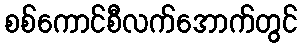
စစ်ကောင်စီလက်အောက်တွင်